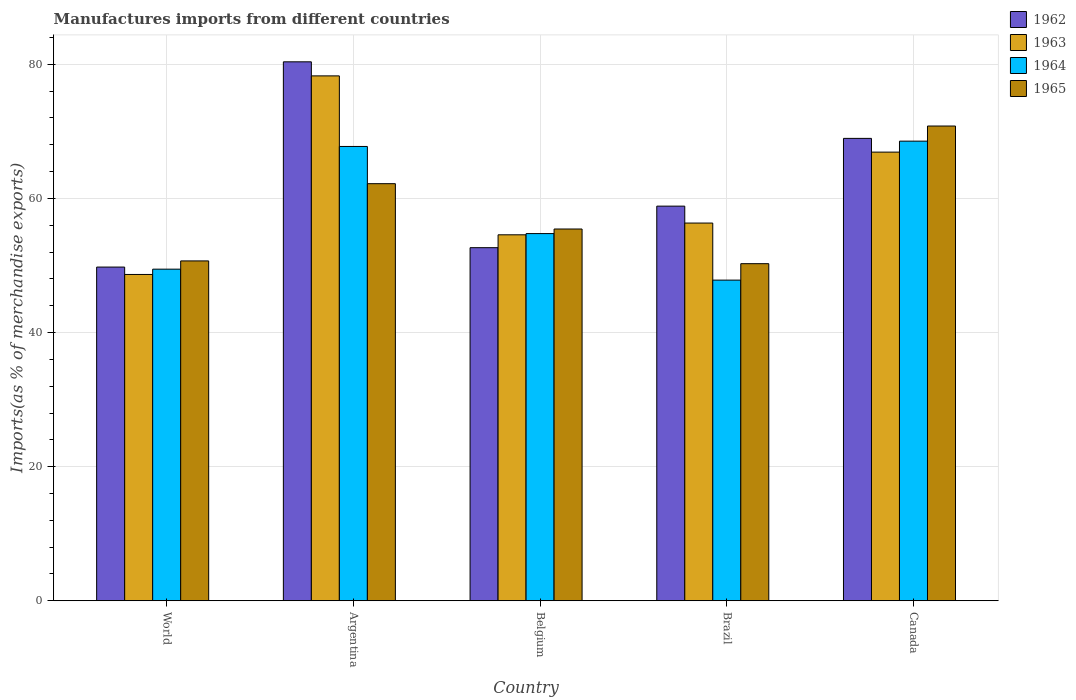
| Country | 1962 | 1963 | 1964 | 1965 |
 | --- | --- | --- | --- | --- |
 | World | 49.8 | 48.7 | 49.4 | 50.7 |
 | Argentina | 80.4 | 78.3 | 67.7 | 62.2 |
 | Belgium | 52.7 | 54.6 | 54.8 | 55.4 |
 | Brazil | 58.8 | 56.3 | 47.8 | 50.3 |
 | Canada | 68.9 | 66.9 | 68.5 | 70.8 |